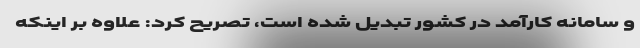
و سامانه کارآمد در کشور تبدیل شده است، تصریح کرد: علاوه بر اینکه